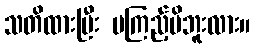
သတိထားပြီး မကြည့်မိဘူးလား။